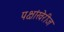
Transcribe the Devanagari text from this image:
पक्षांखेरीज